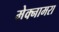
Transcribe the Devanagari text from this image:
मेक्नामरा